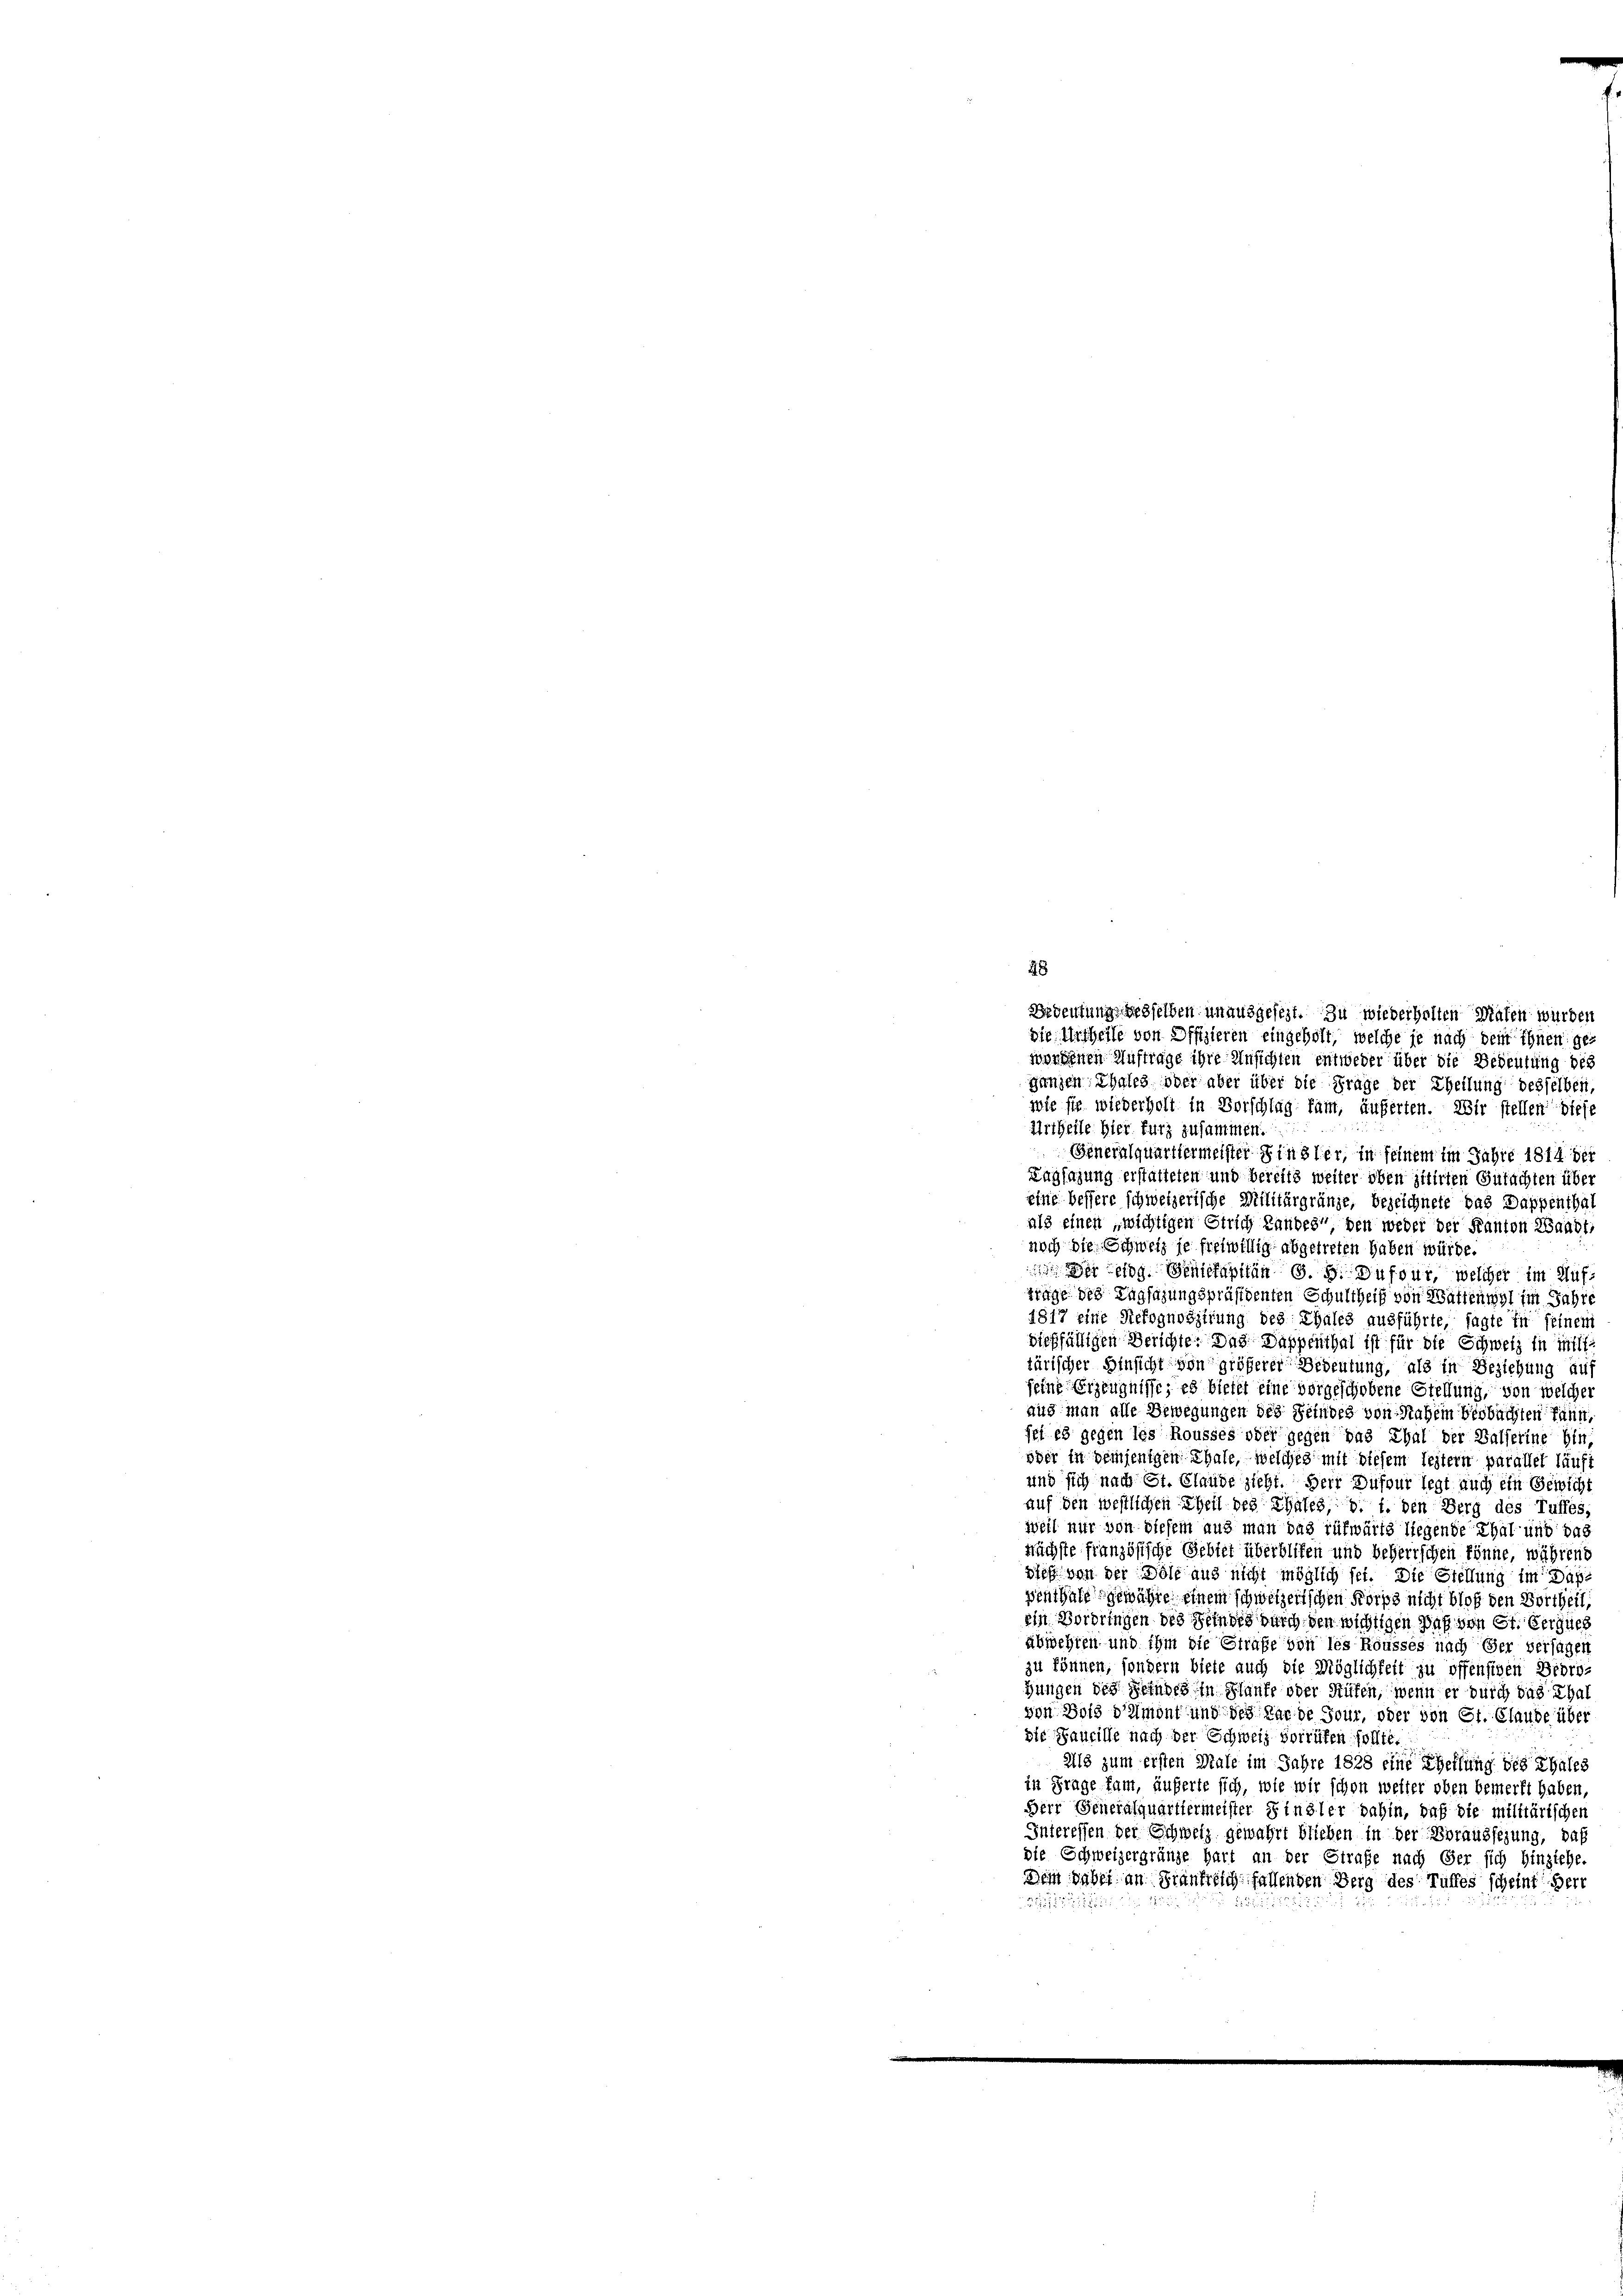
Bedeutung desselben unausgesezt. Zu wiederholten Wasen wurden
die Urtheile von Offizieren eingeholt, welche je nach dem ihnen gewondenen Auftrage ihre Ansichten entweder über die Bedeutung des
ganzen Thales oder aber über die Frage der Theilung desselben,
wie sie wiederholt in Vorschlag kam, äuferten. Wir stellen diese
Urtheile hier furz zusammen.
Generalquartiermeister Finsler, in seinem im Jahre 1814 der
Lagsazung erstatteten und bereits weiter oben zitirten Gutachten über
eine bessere schweizerische Militärgränze, bezeichnete das Dappenthal
als einen „wichtigen Strich Landes“, den weder der Kanton Waadt,
noch die Schweiz je freiwillig abgetreten haben würde.
 Der sog. Geniefapitän 8. d. Dufour, welcher im Aufwage des Tagsazungspräsidenten Schultheit von Waltenwyl im Jahre
1817 eine Rekognoszirung des Thales ausführte, sagte in seinem
dießfälligen Berichte: Das Dappenthal ist für die Schweiz in Mili
tärischer Hinsicht von größerer Bedeutung, als in Beziehung auf
feine Erzeugnisse, es bietet eine vorgeschobene Stellung, von welcher
aus man alle Bewegungen des Feindes von Nahem Verbuchten fährt,
sei es gegen les Rousses oder gegen das Thal der Balferine hin,
oder in demjenigen Thale, welches mit diesem leitern parallel läuft
und sich nach St. Glaube zieht. Herr Dufour legt auch ein Gewicht
auf den westlichen Theil des Chales, d. 1. den Berg des Tuffes,
weil nur von diesem aus man das rufwärts liegende Thal und das
nächste französische Gebiet überblifen und beherrschen könne, während
sich von der Dole aus nicht möglich sei. Die Stellung im Dähschthalt gewähre einem schweizerischen Korps nicht bloß den Bortheil,
ein Vorbringen des Feindes durch den wichtigen Das von St. Gerques
abwehren und ihm die Strafe von les Rousses nach der versagen
zu können, sondern biete auch die Möglichkeit zu offensiven Bedro-
Hungen des Feindes in Haufe oder Rüfen, wenn er durch das Thal
von Bots d’amont und des Karde Jour, oder von St. Claude über
die Faucille nach der Schweiz vorrüfen sollte.
Als zum ersten Male im Jahre 1828 eine Eheffung des Thalen
in Frage kam, äußerte sich, wie wir schon weiter oben bemerkt haben,
Herr Generalquartiermeister Finsler dahin, daß die militärischen
Interessen der Schweiz gewährt blieben in der Berausserung, daß
die Schweizergränze hart an der Strafe nach Ger sich hinziehe.
Dein dabei an Frankreich fallenden Berg des Tuffes scheint Herr